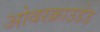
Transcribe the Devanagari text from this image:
ओवरक्राउडेड